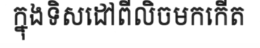
ក្នុងទិសដៅពីលិចមកកើត